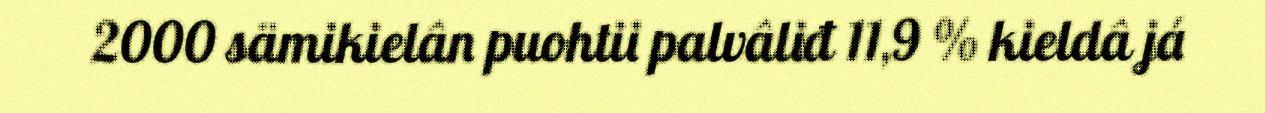
2000 sämikielân puohtii palvâliđ 11,9 % kieldâ já